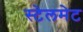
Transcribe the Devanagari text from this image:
स्टेलमेट